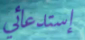
إستدعائي